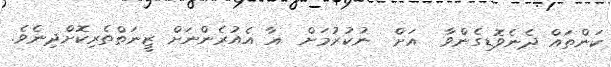
ކަންތައް ދެނެވޮޑިގެންވާ  އަށް  ނުކުރުމަށް  އާ އެއުރެންނަށް ޒީނަތްތެރިކޮށްދިނެވެ.